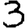
Digit: 3